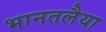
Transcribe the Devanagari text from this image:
भानतलैया